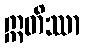
ဣတိဿာ